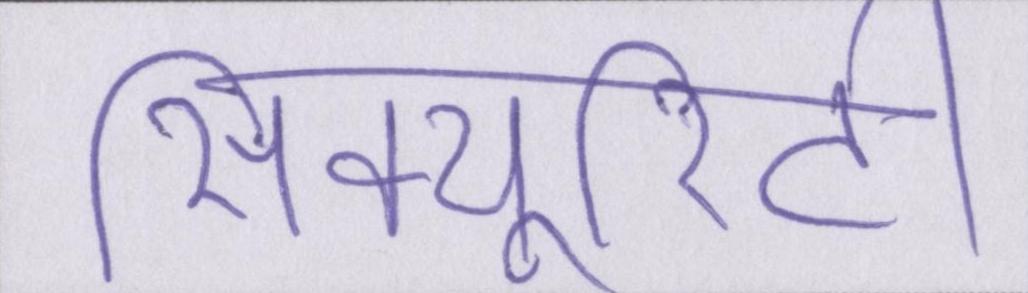
सिक्यूरिटी